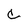
Character: c